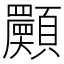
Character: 𩕾